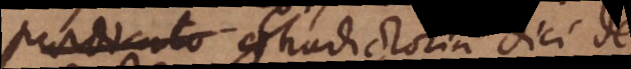
agitur contradictoria dici de